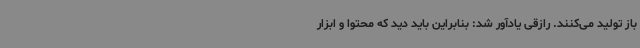
باز تولید می‌کنند. رازقی یادآور شد: بنابراین باید دید که محتوا و ابزار